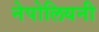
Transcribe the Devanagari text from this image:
नेपोलियनी